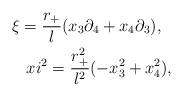
LaTeX: \begin{align*}\xi =\frac{r_+}{l} (x_{3} \partial_{4} + x_4 \partial_{3}), \ \ \\xi^2=\frac{r_+^2}{l^2}(-x_{3}^2+x_4^2),\end{align*}